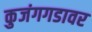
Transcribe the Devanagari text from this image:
कुजंगगडावर